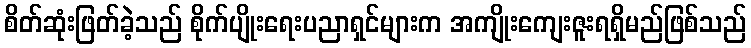
စိတ်ဆုံးဖြတ်ခဲ့သည် စိုက်ပျိုးရေးပညာရှင်များက အကျိုးကျေးဇူးရရှိမည်ဖြစ်သည်